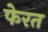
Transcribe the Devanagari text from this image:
फेरत